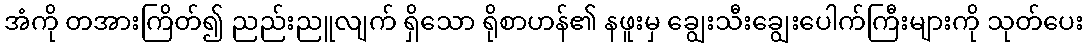
အံကို တအားကြိတ်၍ ညည်းညူလျက် ရှိသော ရိုစာဟန်၏ နဖူးမှ ချွေးသီးချွေးပေါက်ကြီးများကို သုတ်ပေး